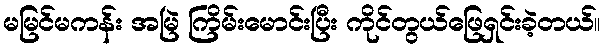
မမြင်မကန်း အမြဲ ကြိမ်းမောင်းပြီး ကိုင်တွယ်ဖြေရှင်းခဲ့တယ်။